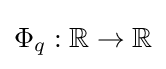
\Phi _{q}:\mathbb {R} \to \mathbb {R}